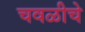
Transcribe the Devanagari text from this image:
चवळीचे